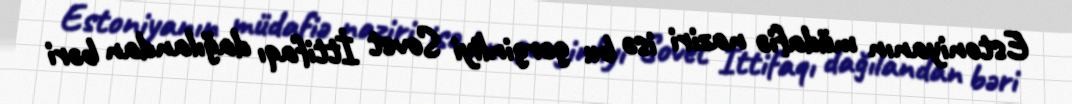
Estoniyanın müdafiə naziri isə bu gərginliyi Sovet İttifaqı dağılandan bəri